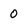
Character: 0